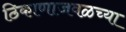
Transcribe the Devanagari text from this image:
ठिकाणाजवळच्या